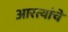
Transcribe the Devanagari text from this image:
आरत्यांचे